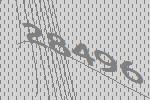
28496